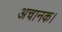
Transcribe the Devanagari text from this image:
अचानक।